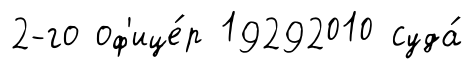
2-го оф'ице́р 19292010 суда́